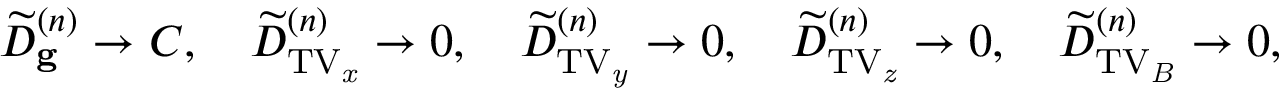
\widetilde { D } _ { \mathbf { g } } ^ { ( n ) } \rightarrow C , \, \, \, \, \, \, \widetilde { D } _ { \mathrm { T V _ { \it x } } } ^ { ( n ) } \rightarrow 0 , \, \, \, \, \, \, \widetilde { D } _ { \mathrm { T V _ { \it y } } } ^ { ( n ) } \rightarrow 0 , \, \, \, \, \, \, \widetilde { D } _ { \mathrm { T V _ { \it z } } } ^ { ( n ) } \rightarrow 0 , \, \, \, \, \, \, \widetilde { D } _ { \mathrm { T V _ { \it B } } } ^ { ( n ) } \rightarrow 0 ,